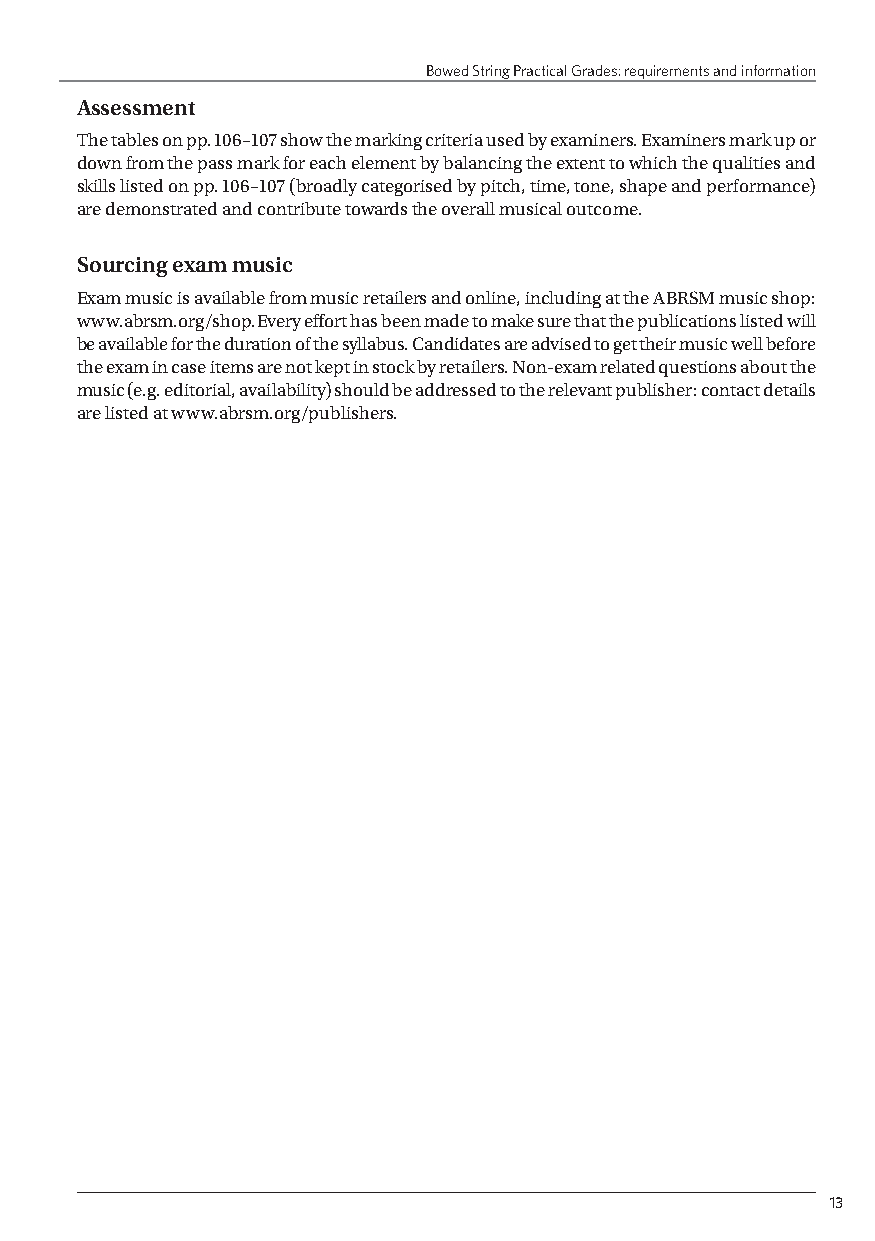
Bowed String Practical Grades: requirements and information
 Assessment
 The tables on pp. 106–107 show the marking criteria used by examiners. Examiners mark up or
 down from the pass mark for each element by balancing the extent to which the qualities and
 skills listed on pp. 106–107 (broadly categorised by pitch, time, tone, shape and performance)
 are demonstrated and contribute towards the overall musical outcome.
 Sourcing exam music
 Exam music is available from music retailers and online, including at the ABRSM music shop:
 www.abrsm.org/shop. Every effort has been made to make sure that the publications listed will
 be available for the duration of the syllabus. Candidates are advised to get their music well before
 the exam in case items are not kept in stock by retailers. Non-exam related questions about the
 music (e.g. editorial, availability) should be addressed to the relevant publisher: contact details
 are listed at www.abrsm.org/publishers.
 13